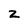
Character: z